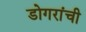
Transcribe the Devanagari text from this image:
डोगरांची